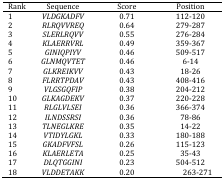
| Rank | Sequence | Score | Position |
 | --- | --- | --- | --- |
 | 1 | VLDGKADFV | 0.71 | 112-120 |
 | 2 | RLRQVVREQ | 0.64 | 279-287 |
 | 3 | SLERLRQVV | 0.55 | 276-284 |
 | 4 | KLAERRVRL | 0.49 | 359-367 |
 | 5 | GINIQPIYV | 0.46 | 509-517 |
 | 6 | GLNMQVTET | 0.46 | 6-14 |
 | 7 | GLKREIKVV | 0.43 | 18-26 |
 | 8 | FLRRTPDAV | 0.43 | 408-416 |
 | 9 | VLGSGQFIP | 0.38 | 204-212 |
 | 10 | GLKAGDEKV | 0.37 | 220-228 |
 | 11 | RLGLVLSEI | 0.36 | 366-374 |
 | 12 | ILNDSSRSI | 0.36 | 78-86 |
 | 13 | TLNEGLKRE | 0.35 | 14-22 |
 | 14 | VTIDYLGKL | 0.33 | 180-188 |
 | 15 | GKADFVFSL | 0.26 | 115-123 |
 | 16 | KLAERLETA | 0.25 | 35-43 |
 | 17 | DLQTGGINI | 0.23 | 504-512 |
 | 18 | VLDDETAKK | 0.20 | 263-271 |